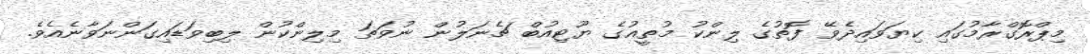
މިޕްރޮގްރާމުގައި ކިޔަވައިދެވޭ ފޮތުގެ ލިންކު މުތީޢުގެ ޔޫޓިއުބް ޗެނަލުން ނުވަތަ މިލިންކުން ލިބިވަޑައިގަންނަވާނެއެވެ.